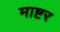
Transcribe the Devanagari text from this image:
माष्टर